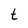
Character: t